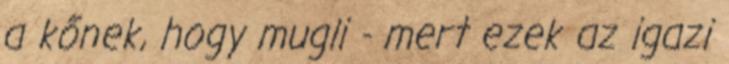
a kőnek, hogy mugli - mert ezek az igazi